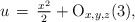
\begin{align*}u\,=\,\tfrac{x^2}{2}+{\rm O}_{x,y,z}(3),\end{align*}